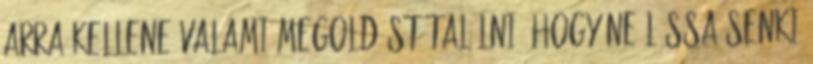
arra kellene valami megoldást találni, hogy ne lássa senki